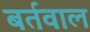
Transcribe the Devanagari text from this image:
बर्तवाल